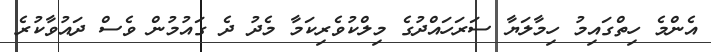
އެންމެ ހިތްގައިމު ހިމާލަޔާ ސަރަހައްދުގެ މިލްކުވެރިކަމާ މެދު ދެ ގައުމުން ވެސް ދައުވާކުރެ